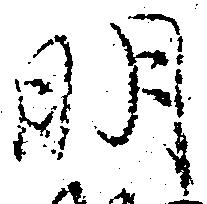
明